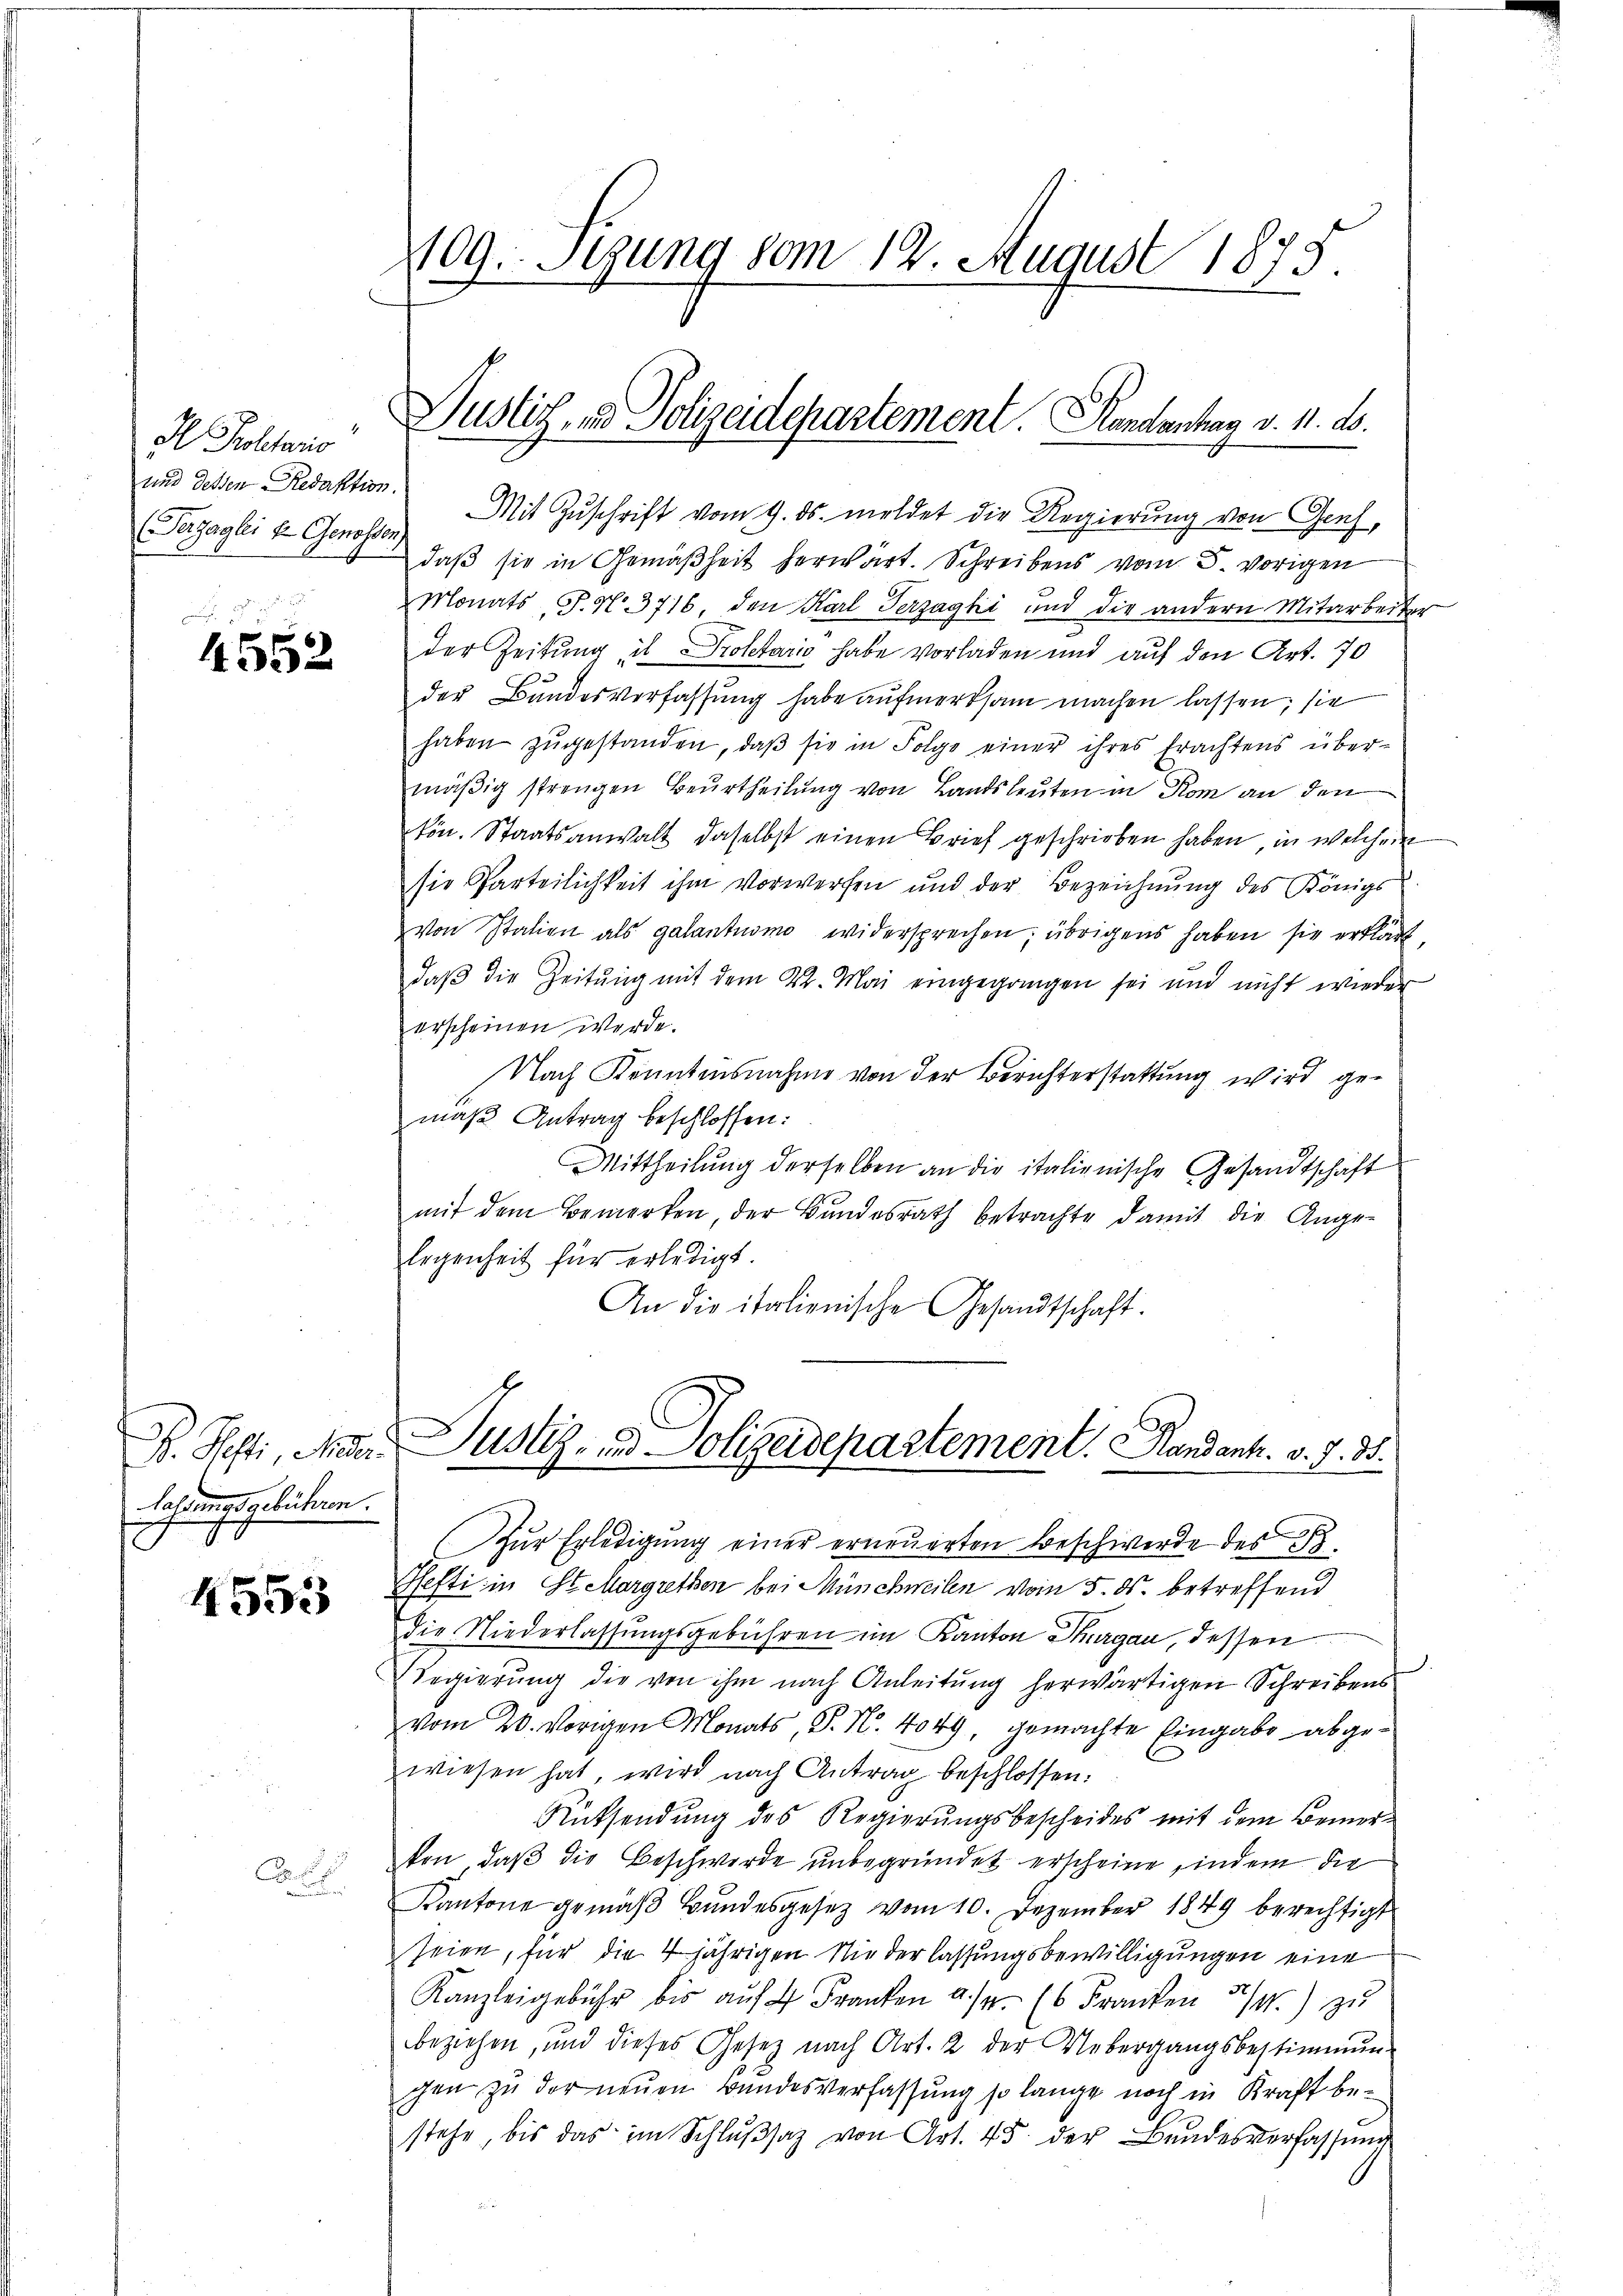
H Proletaris
und dessen Redaktion.
(Perzagli v. Genossen,

4552

F. Hefti, Misti
fahrungsgebühren.

4553

A

109. Segung vom 12. August 1875.

Mit Zuschrift vom 9. ds. meldet die Regierung von Genf,
daß sie in Gemäßheit herwärt. Schreibens vom 5. vorigen
Monats J. N. 3716, den Karl Terzaghi und die andern Mitarbeiter
der Zeitung in Proletario habe vorladen und auf den Art. 70
der Bundesverfassŭng habe aŭfmerksam machen lassen; sie
haben zŭgestanden, daβ sie in Folge einer ihres Erachtens über-
mäßig strengen Beurtheilung von Landsleuten in Rom an den
kön. Staatsanwalt daselbst einen Brief geschrieben haben, in welchem
sie Parteilichkeit ihm Vorwerfen und der Bezeichnung des Königs
von Statien als galantnomo widersprechen; übrigens haben sie erklärt,
daβ die Zeitung mit dem 22. Mai eingegangen sei und nicht wieder
erscheinen werde.
Nach Kenntensnahme von der Berichterstattung wird gemaß Antrag beschlossen:
Mittheilŭng derselben an die italienische Gesandtschaft
mit dem Bemerken, der Bundesrath betrachte damit die Ange-
legenheit für erledigt.
An die italienische Gesandtschaft.
Justiz- & Polizeidepartement. Handent. v. J. 18.
Zŭr Erledigŭng einer erneuerten Beschwerde des B
Pefti in Stekargrethen bei Münchweilen vom 5. ds. betreffend
die Niederlassungsgebühren im Kanton Thurgau, dessen
Regierung die von ihm nach Anleitung herwärtigen Schreibens
vom 20. vorigen Monats, P. Nr. 4049, gemachte Eingabe abgewiesen hat, wird nach Antrag beschlossen:
Rüksendŭng des Regierŭngsbescheides mit dem Bemer-
ton, daβ die Beschwerde unbegründet erscheine, indem die
Kantone gemäβ Bŭndesgesetz vom 10. Dezember 1849 berechtigt
seien, für die 4jährigen Niederlassungsbewilligungen eine
Kanzleigebühr bis aŭf Franken a/4 (6 Franken 3/4.) zŭ
beziehen, und dieses Gesetz nach Art. 2 der Uebergangsbestimmun-
gen zu der neuen Bundesverfassung so lange noch in Kraft bestehe, bis das im Schlŭβsaz von Art. 45 der Bundesverfassung

Justiz- & Polizeidepartement. Handentag v. 11. ds.